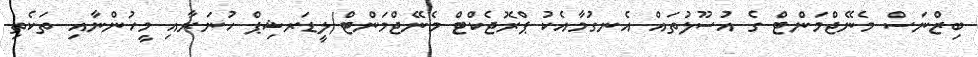
ބިޒްނަސް މެނޭޖްމަންޓް ގެ އުސޫލުތައް އެނގުމާއެކު ޕްރޮޖެކްޓް މެނޭޖްމަންޓް/ލީޑަރޝިޕް ހުނަރާއި މީހުންނާއި ތަކެތި